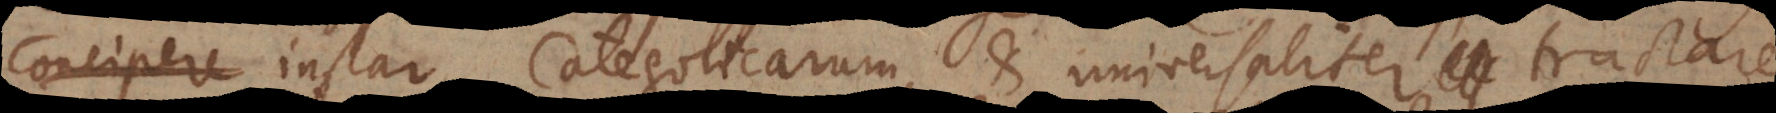
instar Categoricarum, et universaliter tractare